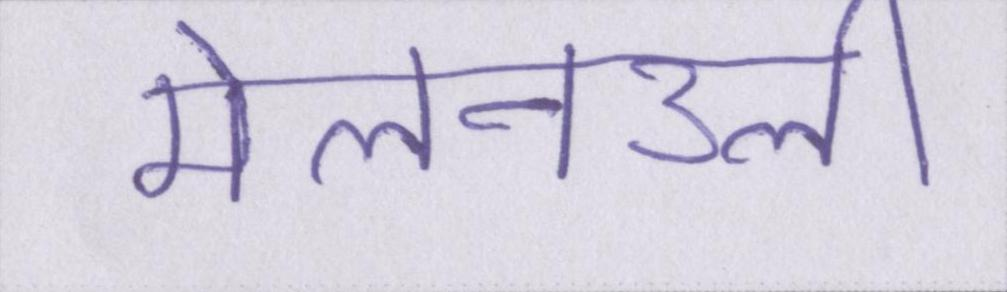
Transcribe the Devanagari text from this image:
मेलनउली